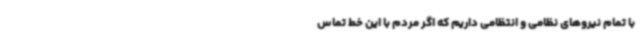
با تمام نیروهای نظامی و انتظامی داریم که اگر مردم با این خط تماس